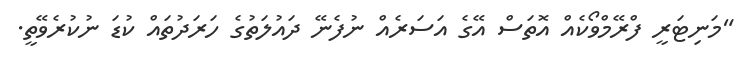
"މަނިޓަރީ ފްރޭމްވޯކެއް އޮތަސް އޭގެ އަސަރެއް ނުފެނޭ ދައުލަތުގެ ހަރަދުތައް ކުޑަ ނުކުރެވޭތީ.